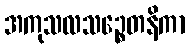
အကုသလသဉ္စေတနိကာ